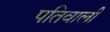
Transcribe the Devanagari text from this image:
पतिवाली